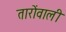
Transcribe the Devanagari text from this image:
तारोंवाली